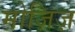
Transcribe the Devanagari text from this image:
मोज़िज़